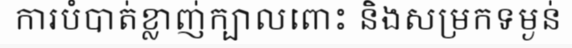
ការបំបាត់ខ្លាញ់ក្បាលពោះ និងសម្រកទម្ងន់